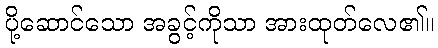
ပို့ဆောင်သော အခွင့်ကိုသာ အားထုတ်လေ၏။